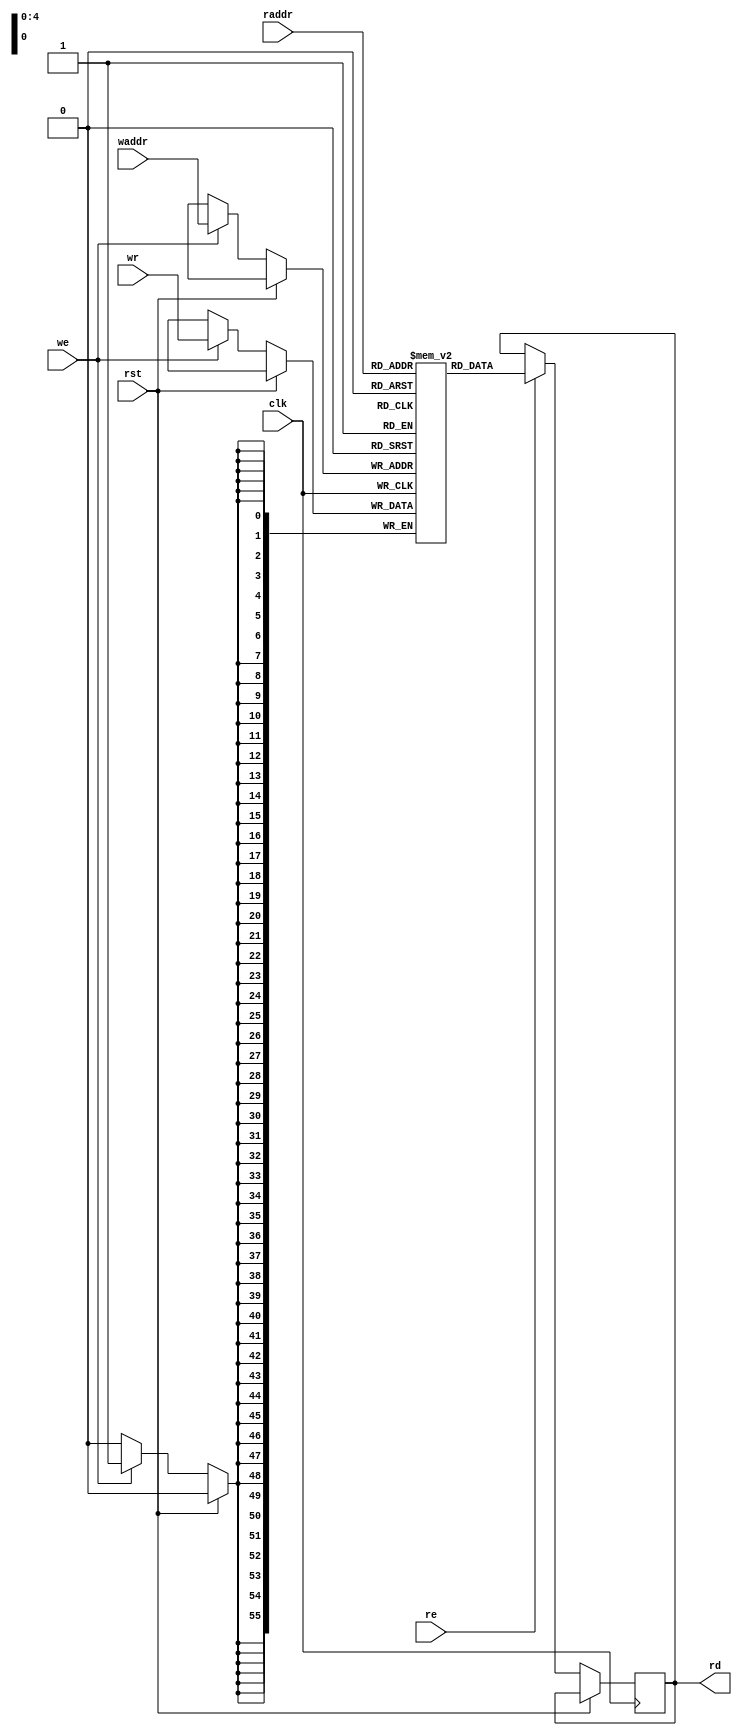
module ram_32_56(
        input wire clk,
        input wire rst,
        // Read port
        input wire [4:0] raddr,
        input wire re,
        output reg [55:0] rd,
        // Write port
        input wire [4:0] waddr,
        input wire [55:0] wr,
        input wire we
   );

    reg [55:0] mem [0:31];

    always @(posedge clk) begin
        if (!rst) begin
            if (re) begin
                rd <= mem[raddr];
            end
            // W
            if (we) begin
                mem[waddr] <= wr;
            end
        end
    end

endmodule